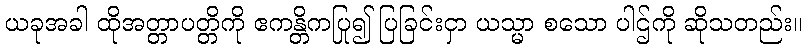
ယခုအခါ ထိုအတ္တာပတ္တိကို ဧကန္တိကပြု၍ ပြခြင်းငှာ ယသ္မာ စသော ပါဌ်ကို ဆိုသတည်း။